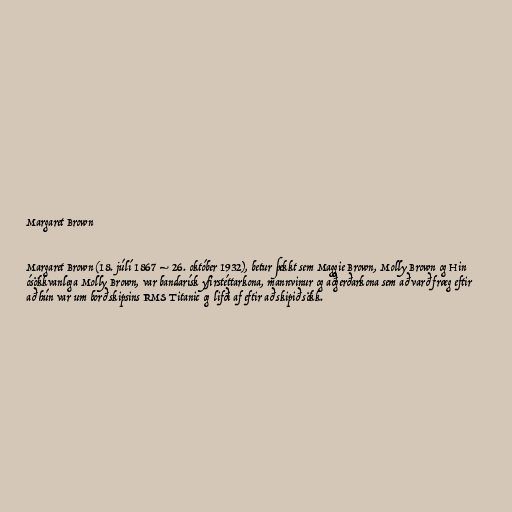
Margaret Brown

Margaret Brown (18. júlí 1867 – 26. október 1932), betur þekkt sem Maggie Brown, Molly Brown og Hin
ósökkvanlega Molly Brown, var bandarísk yfirstéttarkona, mannvinur og aðgerðarkona sem að varð fræg eftir
að hún var um borð skipsins RMS Titanic og lifði af eftir að skipið sökk.